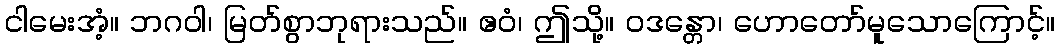
ငါမေးအံ့။ ဘဂဝါ၊ မြတ်စွာဘုရားသည်။ ဧဝံ၊ ဤသို့။ ဝဒန္တော၊ ဟောတော်မူသောကြောင့်။